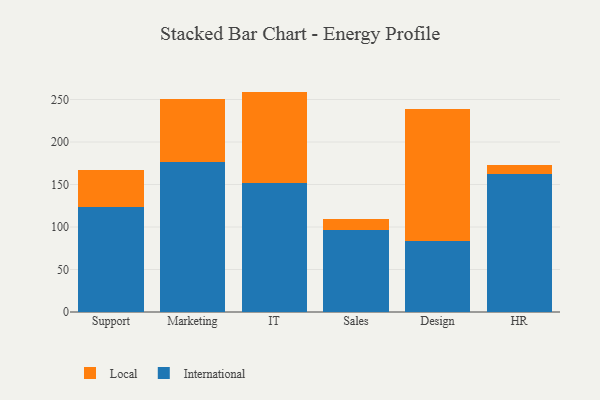
{"axis": {"x": "Department", "y": "Backlog"}, "legend": ["International", "Local"], "data": [{"x": "Support", "y": 123.1, "type": "International"}, {"x": "Support", "y": 44.2, "type": "Local"}, {"x": "Marketing", "y": 176.3, "type": "International"}, {"x": "Marketing", "y": 74.5, "type": "Local"}, {"x": "IT", "y": 151.6, "type": "International"}, {"x": "IT", "y": 107.7, "type": "Local"}, {"x": "Sales", "y": 96.3, "type": "International"}, {"x": "Sales", "y": 13.0, "type": "Local"}, {"x": "Design", "y": 83.5, "type": "International"}, {"x": "Design", "y": 155.3, "type": "Local"}, {"x": "HR", "y": 162.3, "type": "International"}, {"x": "HR", "y": 10.7, "type": "Local"}]}